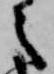
之